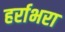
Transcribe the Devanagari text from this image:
हर्राभरा